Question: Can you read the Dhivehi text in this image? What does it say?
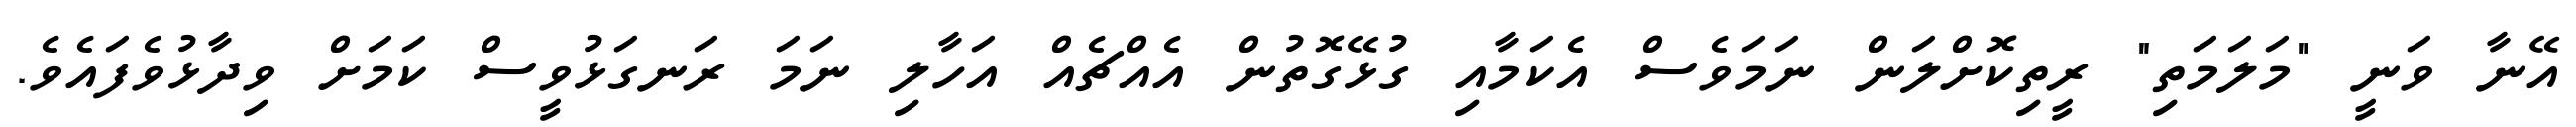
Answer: އޭނާ ވަނީ "މަލަމަތި" ރީތިކޮށްލަން ނަމަވެސް އެކަމާއި ގުޅޭގޮތުން އެއްޗެއް އަހާލި ނަމަ ރަނގަޅުވީސް ކަމަށް ވިދާޅުވެފައެވެ.